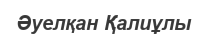
Әуелқан Қалиұлы